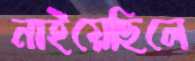
নাইয়েছিলে